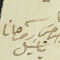
كاتب جرجسَ روحانا باسَيل